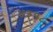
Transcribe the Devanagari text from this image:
४३१८